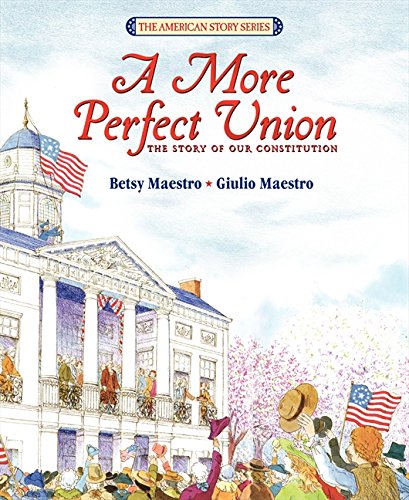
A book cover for A More Perfect Union: The Story of Our Constitution; Betsy Maestro; Children's Books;